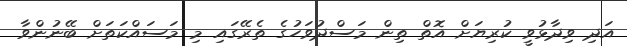
އަދި ވިދާޅުވީ ކުރިޔަށް އޮތް ތިން މަސްދުވަހުގެ ތެރޭގައި މި މަސައްކަތަށް ބޭނުންވާ